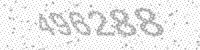
Solution: 496288